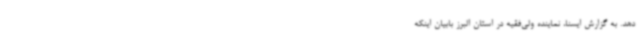
دهد. به گزارش ایسنا، نماینده ولی‌فقیه در استان البرز بابیان اینکه